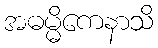
အဓမ္မိကေနာသိ